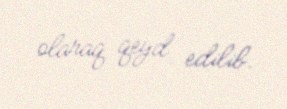
olaraq qeyd edilib.